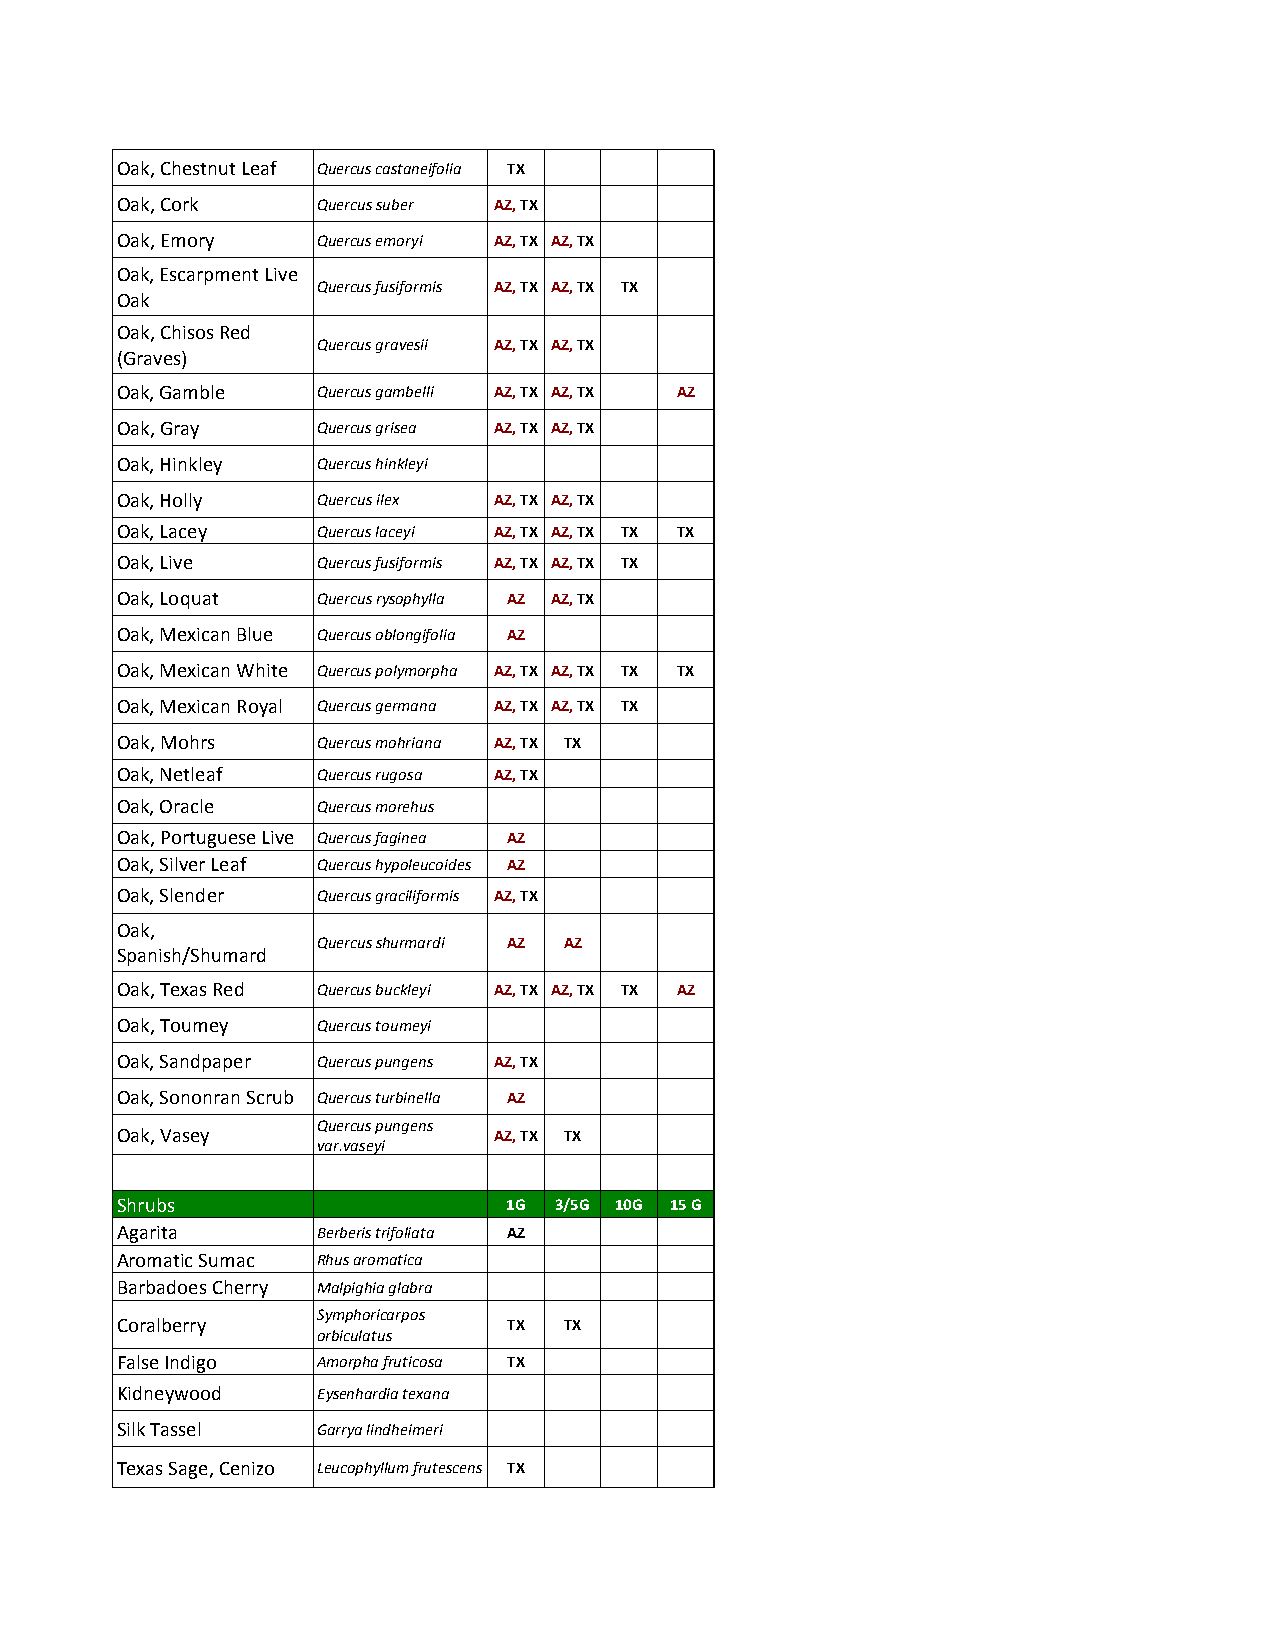
Oak, Chestnut Leaf Quercus castaneifolia TX
 Oak, Cork    Quercus suber AZ, TX
 Oak, Emory   Quercus emoryi AZ, TX AZ, TX
 Oak, Escarpment Live
 Quercus fusiformis AZ, TX AZ, TX TX
 Oak
 Oak, Chisos Red
 Quercus gravesii AZ, TX AZ, TX
 (Graves)
 Oak, Gamble  Quercus gambelli AZ, TX AZ, TX AZ
 Oak, Gray    Quercus grisea AZ, TX AZ, TX
 Oak, Hinkley Quercus hinkleyi
 Oak, Holly   Quercus ilex AZ, TX AZ, TX
 Oak, Lacey   Quercus laceyi AZ, TX AZ, TX TX TX
 Oak, Live    Quercus fusiformis AZ, TX AZ, TX TX
 Oak, Loquat  Quercus rysophylla AZ AZ, TX
 Oak, Mexican Blue Quercus oblongifolia AZ
 Oak, Mexican White Quercus polymorpha AZ, TX AZ, TX TX TX
 Oak, Mexican Royal Quercus germana AZ, TX AZ, TX TX
 Oak, Mohrs   Quercus mohriana AZ, TX TX
 Oak, Netleaf Quercus rugosa AZ, TX
 Oak, Oracle  Quercus morehus
 Oak, Portuguese Live Quercus faginea AZ
 Oak, Silver Leaf Quercus hypoleucoides AZ
 Oak, Slender Quercus graciliformis AZ, TX
 Oak,
 Quercus shurmardi AZ AZ
 Spanish/Shumard
 Oak, Texas Red Quercus buckleyi AZ, TX AZ, TX TX AZ
 Oak, Toumey  Quercus toumeyi
 Oak, Sandpaper Quercus pungens AZ, TX
 Oak, Sononran Scrub Quercus turbinella AZ
 Quercus pungens
 Oak, Vasey               AZ, TX TX
 var.vaseyi
 Shrubs                    1G 3/5G 10G 15 G
 Agarita      Berberis trifoliata AZ
 Aromatic Sumac Rhus aromatica
 Barbadoes Cherry Malpighia glabra
 Symphoricarpos
 Coralberry                TX TX
 orbiculatus
 False Indigo Amorpha fruticosa TX
 Kidneywood   Eysenhardia texana
 Silk Tassel  Garrya lindheimeri
 Texas Sage, Cenizo Leucophyllum frutescens TX